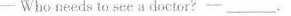
-Who needs to see a doctor? ___.